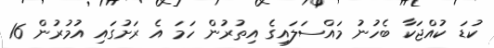
ކުޑަ ކުއްޖަކާ ބެހުނު މައްސަލައިގެ އިތުރުން ހަމަ އެ ރަށުގައި އުމުރުން 16